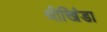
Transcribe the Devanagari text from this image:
श्रीखिंडा